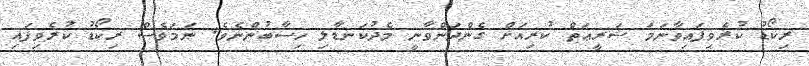
ރިކޯޑު ކުރެވިފައިވާނަމަ ޝަރީޢަތް ކުރިއަށް ގެންދަންވާނީ މެދުކަނޑާލި ހިސާބުންނެވެ. ނަމަވެސް ރިކޯޑު ކުރެވިފައި